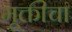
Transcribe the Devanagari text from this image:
मूक्तीचा